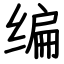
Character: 编